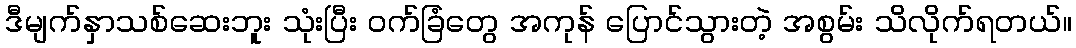
ဒီမျက်နှာသစ်ဆေးဘူး သုံးပြီး ဝက်ခြံတွေ အကုန် ပြောင်သွားတဲ့ အစွမ်း သိလိုက်ရတယ်။